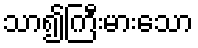
သာ၍ကြီးမားသော